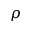
\rho